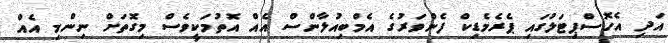
އަދި އެހޮސްޕިޓަލުގައި ޕެރެމެޑިކް ފެންވަރުގެ އެމްބިއުލާންސް އެއް އޮތުމަކީވެސް މިގޮތަށް ނިންމި އެއް